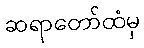
ဆရာတော်ထံမှ